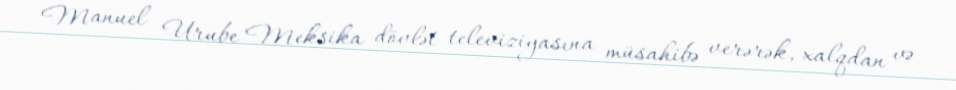
Manuel Urube Meksika dövlət televiziyasına müsahibə verərək, xalqdan və